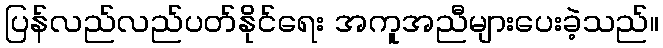
ပြန်လည်လည်ပတ်နိုင်ရေး အကူအညီများပေးခဲ့သည်။